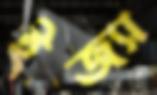
ইজ্যা